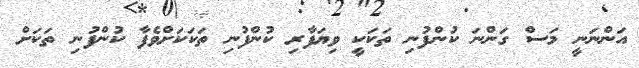
އަންނަނީ މަސް ގަންނަ ކުންފުނި ތަކަކީ ވިޔަފާރި ކުންފުނި ތަކަކަށްވެފާ ކުންފުނި ތަކަށް